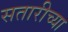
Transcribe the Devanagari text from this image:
सतारीच्या